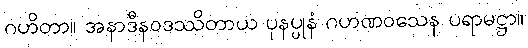
ဂဟိတာ။ အနာဒီနဝဒဿိတာယ ပုနပ္ပုနံ ဂဟဏဝသေန ပရာမဋ္ဌာ။